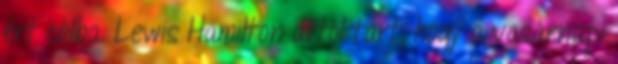
ért célba. Lewis Hamilton attól tart, hogy a vasárnapi